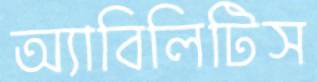
অ্যাবিলিটিস